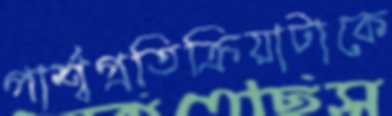
পার্শ্বপ্রতিক্রিয়াটাকে